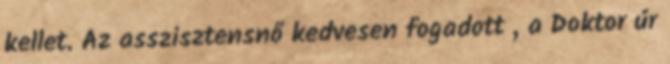
kellet. Az asszisztensnő kedvesen fogadott , a Doktor úr